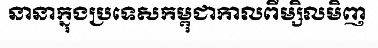
នានាក្នុងប្រទេសកម្ពុជាកាលពីម្សិលមិញ